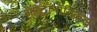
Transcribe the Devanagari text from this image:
अॅस्ट्रॉनॉमिकल